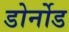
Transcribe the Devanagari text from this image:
डोर्नोड